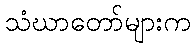
သံဃာတော်များက